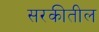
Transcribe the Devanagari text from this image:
सरकीतील